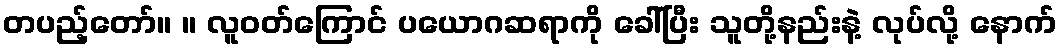
တပည့်တော်။ ။ လူဝတ်ကြောင် ပယောဂဆရာကို ခေါ်ပြီး သူတို့နည်းနဲ့ လုပ်လို့ နောက်